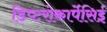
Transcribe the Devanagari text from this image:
डिप्टरोकार्पेसिई